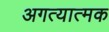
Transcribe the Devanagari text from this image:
अगत्यात्मक